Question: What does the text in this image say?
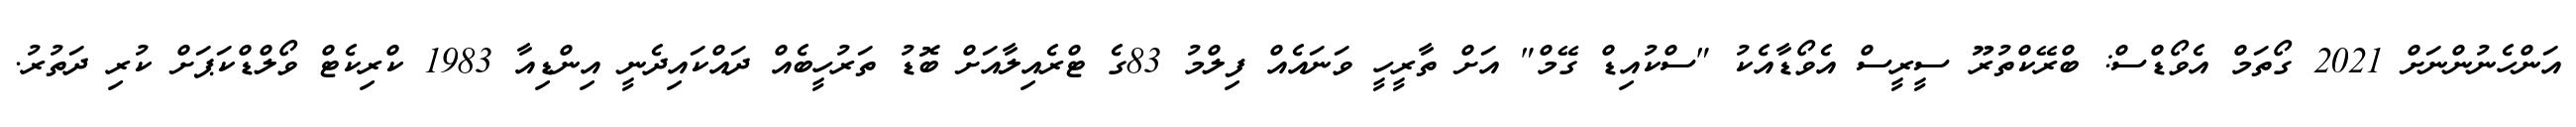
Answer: އަންހެނުންނަށް 2021 ގޯތަމް އެވޯޑްސް: ބްރޭކްތުރޫ ސީރީސް އެވޯޑާއެކު "ސްކުއިޑް ގޭމް" އަށް ތާރީހީ ވަނައެއް ފިލްމު 83ގެ ޓްރެއިލާއަށް ބޮޑު ތަރުހީބެއް ދައްކައިދެނީ އިންޑިއާ 1983 ކްރިކެޓް ވޯލްޑްކަޕަށް ކުރި ދަތުރު.